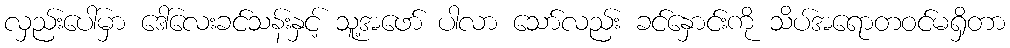
လှည်းပေါ်မှာ ဒေါ်လေးခင်သန်းနှင့် သူ့အဖော် ပါလာ သော်လည်း ခင်နှောင်းကို သိပ်အရောတဝင်မရှိတာ